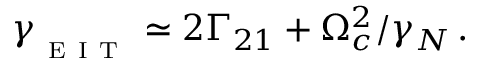
\gamma _ { _ \mathrm { ~ E ~ I ~ T ~ } } \simeq 2 \Gamma _ { 2 1 } + \Omega _ { c } ^ { 2 } / \gamma _ { N } \, .